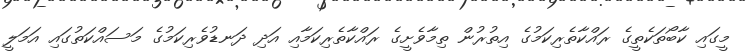
މީގައި ކާބޯތަކެތީގެ ރައްކާތެރިކަމުގެ އިތުރުން ތިމާވެށީގެ ރައްކާތެރިކަމާއި އަދި ދަނޑުވެރިކަމުގެ މަސައްކަތުގައި އަމަލީ